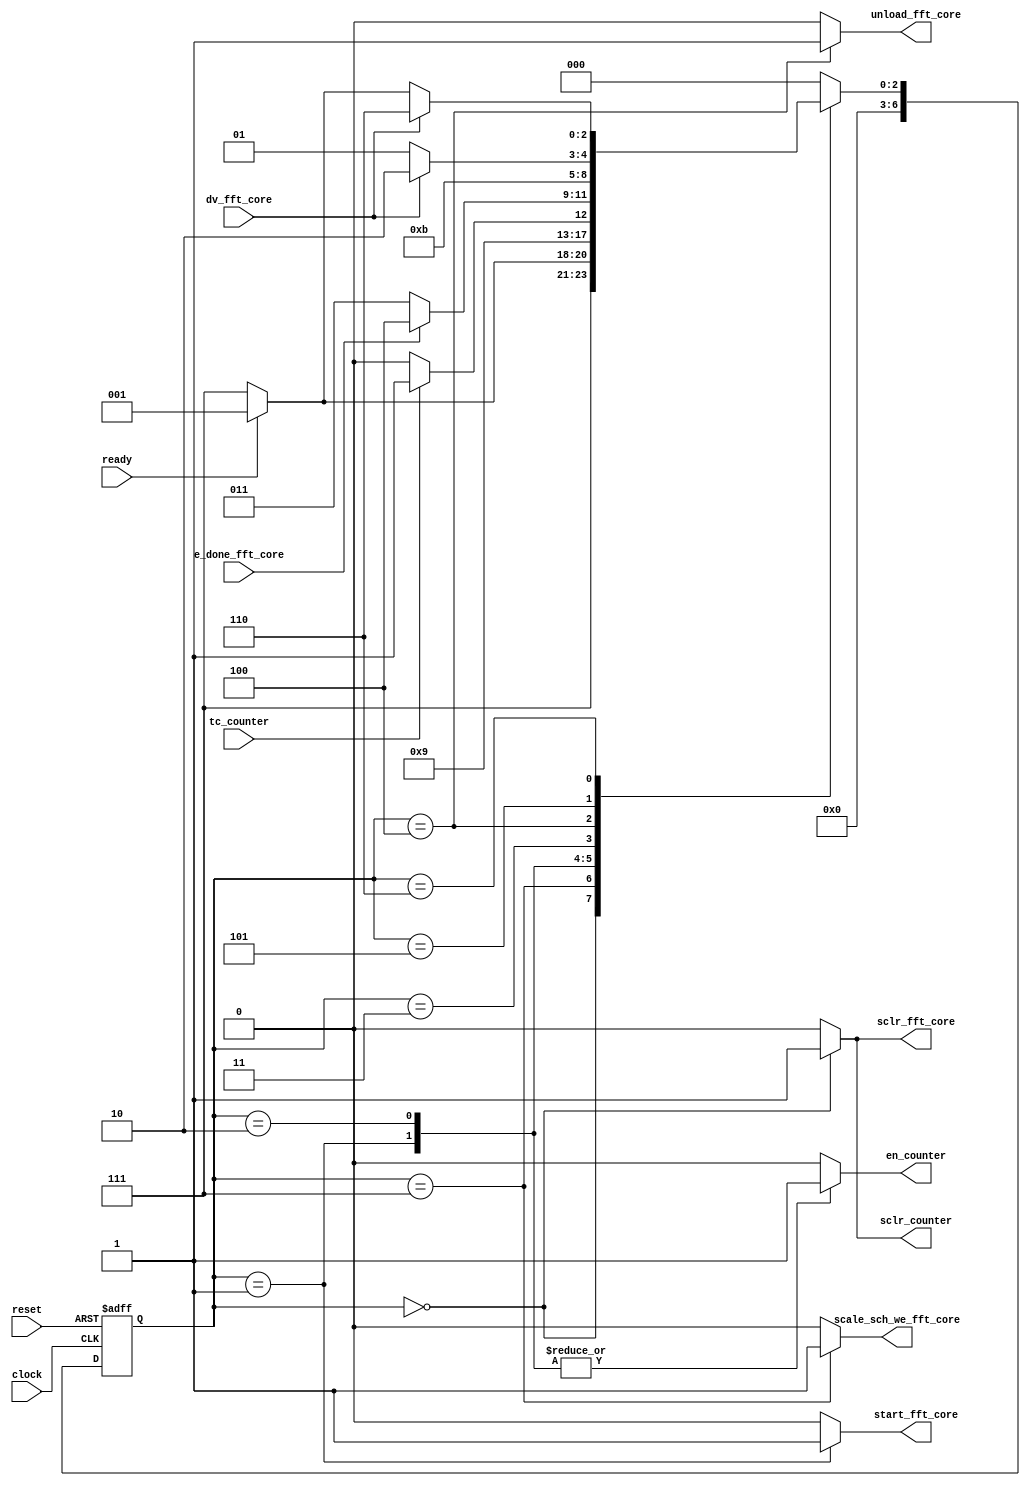
`timescale 1ns / 1ps
//////////////////////////////////////////////////////////////////////////////////
// Company: 
// Engineer: 
// 
// Design Name: 
// Module Name:    CU_fft_controller 
// Project Name: 
// Target Devices: 
// Tool versions: 
// Description: 
//
// Dependencies: 
//
// Revision: 
// Revision 0.01 - File Created
// Additional Comments: 
//
//////////////////////////////////////////////////////////////////////////////////
module CU_fft_controller(
			 input 	    clock,
			 input 	    reset,
			 input 	    ready,
			 input 	    e_done_fft_core,
			 input 	    dv_fft_core,
			 input 	    tc_counter,
			 output reg sclr_fft_core,
			 output reg scale_sch_we_fft_core,
			 output reg start_fft_core,
			 output reg unload_fft_core,
			 output reg en_counter,
			 output reg sclr_counter    
			 );

   reg [6:0] 			    present_state,next_state;

   //states definition
   parameter RESET_STATE=3'b000,START_FFT=3'b001,LOAD_FFT=3'b010;
   parameter WAITING_PROCESSING=3'b011,UNLOAD_EN=3'b100,WAITING_DV=3'b101,UNLOAD=3'b110;
   parameter SET_SCALING=3'b111;
   
   

   //present_state update 
   always@(posedge reset, posedge clock) begin
   
     if(reset == 1) present_state <= RESET_STATE;
     else  present_state <= next_state ;
   
   end

   //next_state update
   always@(ready,tc_counter,e_done_fft_core,dv_fft_core,present_state) begin
     case(present_state)
       RESET_STATE:  
	 next_state = SET_SCALING;
       
	 //if(ready == 1) 
	 //  next_state = START_FFT;
	 //else
	 //  next_state = RESET_STATE;

       SET_SCALING:
	 if(ready == 1) 
	   next_state = START_FFT;
	 else
	   next_state = SET_SCALING;

	 
       START_FFT:
	 next_state = LOAD_FFT;

       LOAD_FFT:
	 if(tc_counter == 1)
	   next_state = WAITING_PROCESSING;
	 else
	   next_state= LOAD_FFT;

       WAITING_PROCESSING:
	 if(e_done_fft_core == 1)
	   next_state = UNLOAD_EN;
	 else
	   next_state = WAITING_PROCESSING;

       UNLOAD_EN:
	 next_state = WAITING_DV;
       
       WAITING_DV:
	 if(dv_fft_core == 0) 
	   next_state = WAITING_DV;
	 else
	   next_state = UNLOAD;
	 
       UNLOAD:
	 if(dv_fft_core == 0)
	   if(ready == 1) 
	     next_state = START_FFT;
	   else
	     next_state = SET_SCALING;
	 else
	   next_state = UNLOAD;
       
       default: next_state=RESET_STATE;
     endcase
   end // always@ (strobe,sel_ram,tc_cnt,present_state)
   

   //Output Generation
   always@(present_state) begin
      sclr_fft_core = 0;
      start_fft_core = 0; 
      unload_fft_core = 0;
      en_counter = 0;
      sclr_counter = 0;
      scale_sch_we_fft_core = 0;
 		 
      case (present_state)

	RESET_STATE: begin
	   sclr_counter = 1'b1;
	   sclr_fft_core = 1'b1;
	end

	SET_SCALING:
	  scale_sch_we_fft_core = 1'b1;

	START_FFT:begin
	   start_fft_core = 1'b1;
	   en_counter = 1'b1;
	end
	
	LOAD_FFT:
	  en_counter = 1'b1;
	
	UNLOAD_EN:
	  unload_fft_core = 1'b1;
  
      endcase
      
   end // always@ (present_state)

endmodule